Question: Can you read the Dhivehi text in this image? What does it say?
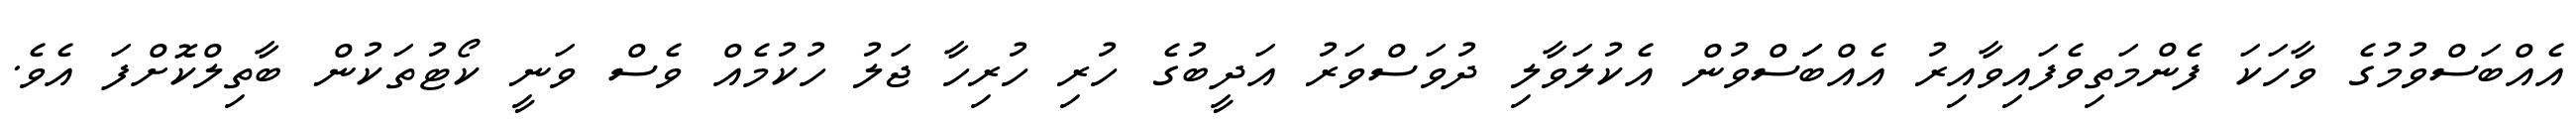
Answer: އެއްބަސްވުމުގެ ވާހަކަ ފެންމަތިވެފައިވާއިރު އެއްބަަސްވުން އެކުލަވާލި ދުވަސްވަރު އަދީބުގެ ހުރި ހުރިހާ ޖަލު ހުކުމެއް ވެސް ވަނީ ކޯޓުތަކުން ބާތިލްކޮށްފަ އެވެ.